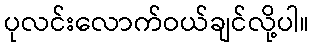
ပုလင်းလောက်ဝယ်ချင်လို့ပါ။